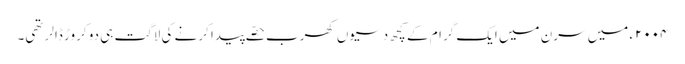
٢٠٠٤ء میں سرن میں ایک گرام کے کچھ دسیوں کھرب حصّے پیدا کرنے کی لاگت ہی دو کروڑ ڈالر تھی۔